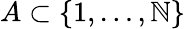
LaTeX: A\subset\{ 1,\dots,\mathbb{N}\}